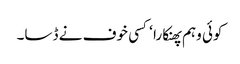
کوئی وہم پھنکارا ‘ کسی خوف نے ڈسا۔